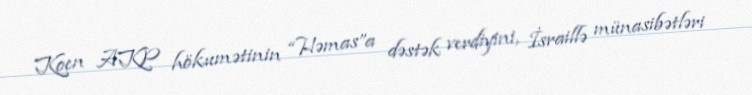
Koen AKP hökumətinin “Həmas”a dəstək verdiyini, İsraillə münasibətləri